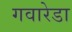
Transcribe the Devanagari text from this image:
गवारेडा